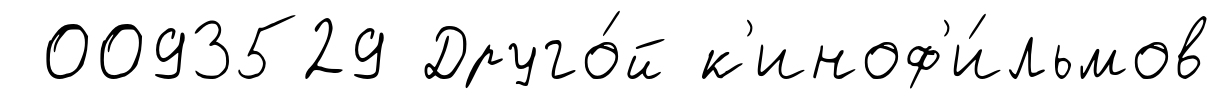
0093529 Друго́й к'иноф'и́льмов